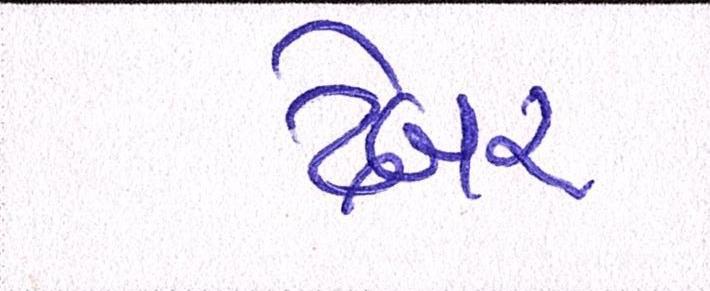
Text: ઢેબર